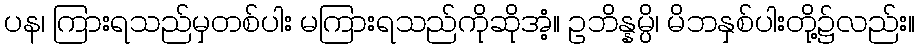
ပန၊ ကြားရသည်မှတစ်ပါး မကြားရသည်ကိုဆိုအံ့။ ဥဘိန္နမ္ပိ၊ မိဘနှစ်ပါးတို့၌လည်း။